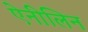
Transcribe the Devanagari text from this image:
ऐनीलिन